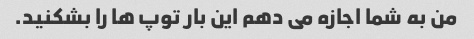
من به شما اجازه می دهم این بار توپ ها را بشکنید.